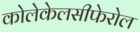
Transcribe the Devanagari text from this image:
कोलेकेलसीफेरोल